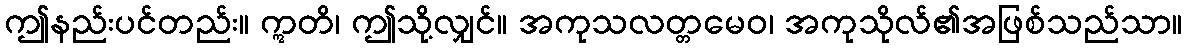
ဤနည်းပင်တည်း။ ဣတိ၊ ဤသို့လျှင်။ အကုသလတ္တမေဝ၊ အကုသိုလ်၏အဖြစ်သည်သာ။